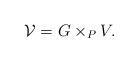
LaTeX: \begin{align*}{\mathcal V}=G\times_P V.\end{align*}